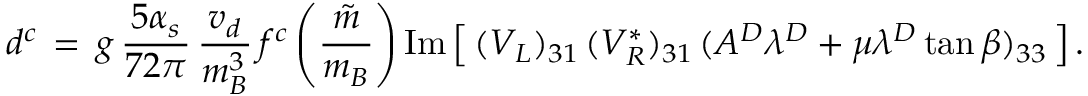
d ^ { c } \, = \, g \, { \frac { 5 \alpha _ { s } } { 7 2 \pi } } \, { \frac { v _ { d } } { m _ { B } ^ { 3 } } } \, f ^ { c } \left( { \frac { \tilde { m } } { m _ { B } } } \right) \mathrm { I m } \left[ \, ( V _ { L } ) _ { 3 1 } \, ( V _ { R } ^ { * } ) _ { 3 1 } \, ( A ^ { D } \lambda ^ { D } + \mu \lambda ^ { D } \tan \beta ) _ { 3 3 } \, \right] .